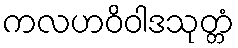
ကလဟဝိဝါဒသုတ္တံ